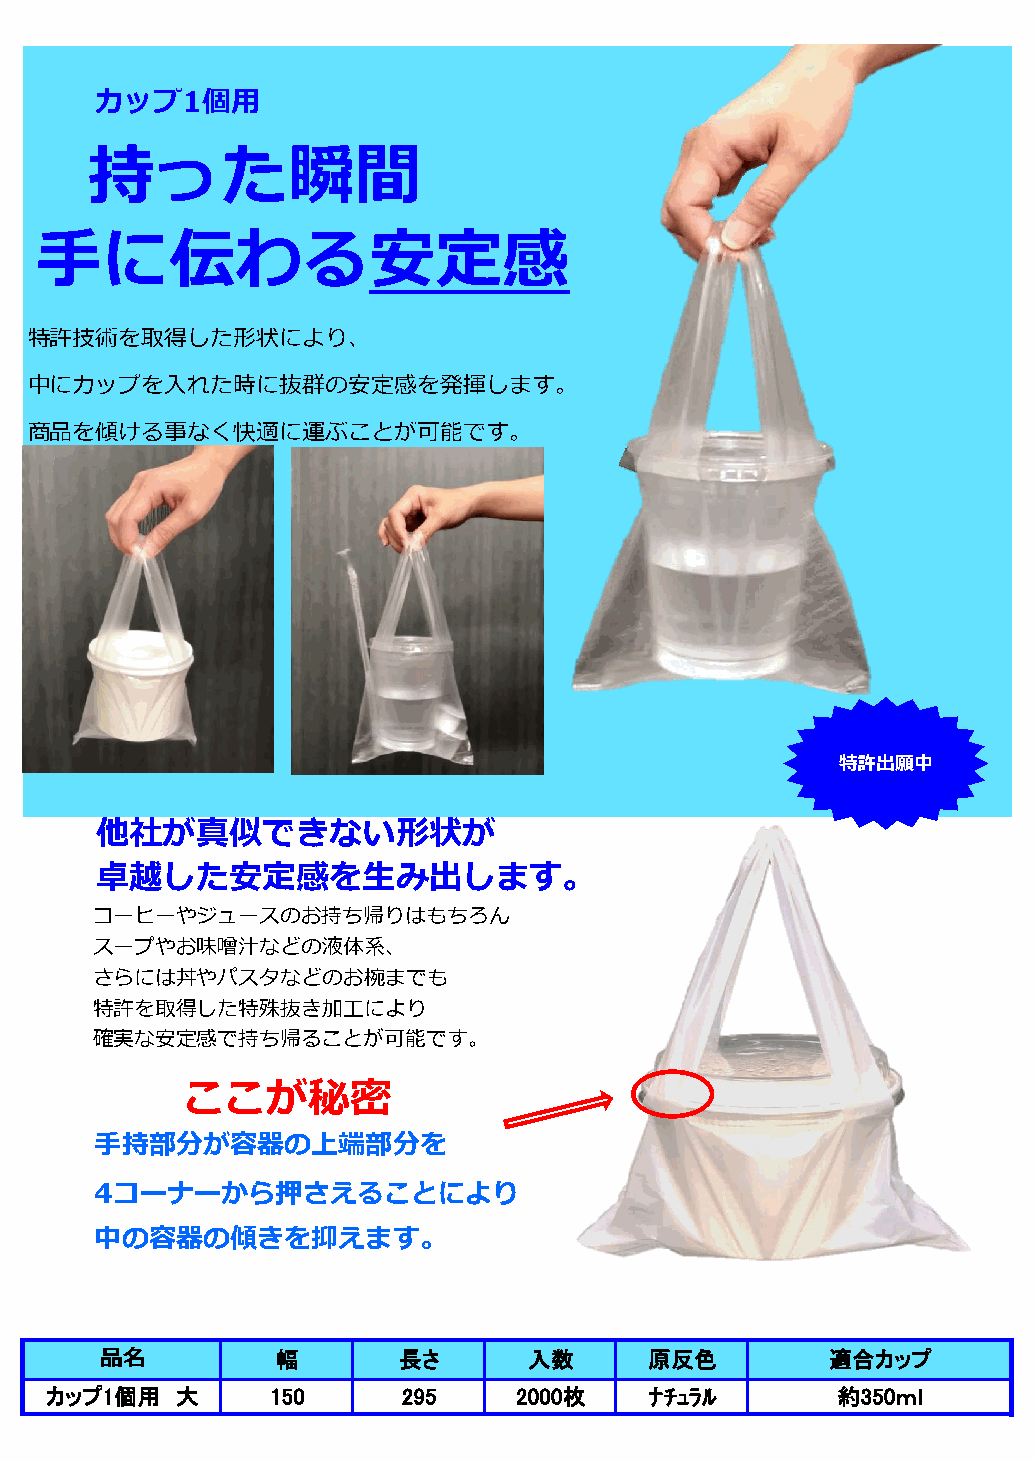
カップ1個用
 持った瞬間
 手に伝わる安定感
 特許技術を取得した形状により、
 中にカップを入れた時に抜群の安定感を発揮します。
 商品を傾ける事なく快適に運ぶことが可能です。
 特許出願中
 他社が真似できない形状が
 卓越した安定感を生み出します。
 コーヒーやジュースのお持ち帰りはもちろん
 スープやお味噌汁などの液体系、
 さらには丼やパスタなどのお椀までも
 特許を取得した特殊抜き加工により
 確実な安定感で持ち帰ることが可能です。
 ここが秘密
 手持部分が容器の上端部分を
 4コーナーから押さえることにより
 中の容器の傾きを抑えます。
 品名         幅       長さ       入数      原反色         適合カップ
 カップ1個用   大     150      295    2000枚    ﾅﾁｭﾗﾙ       約350ｍｌ